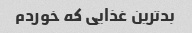
بدترین غذایی که خوردم